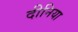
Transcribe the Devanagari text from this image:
दीनिया